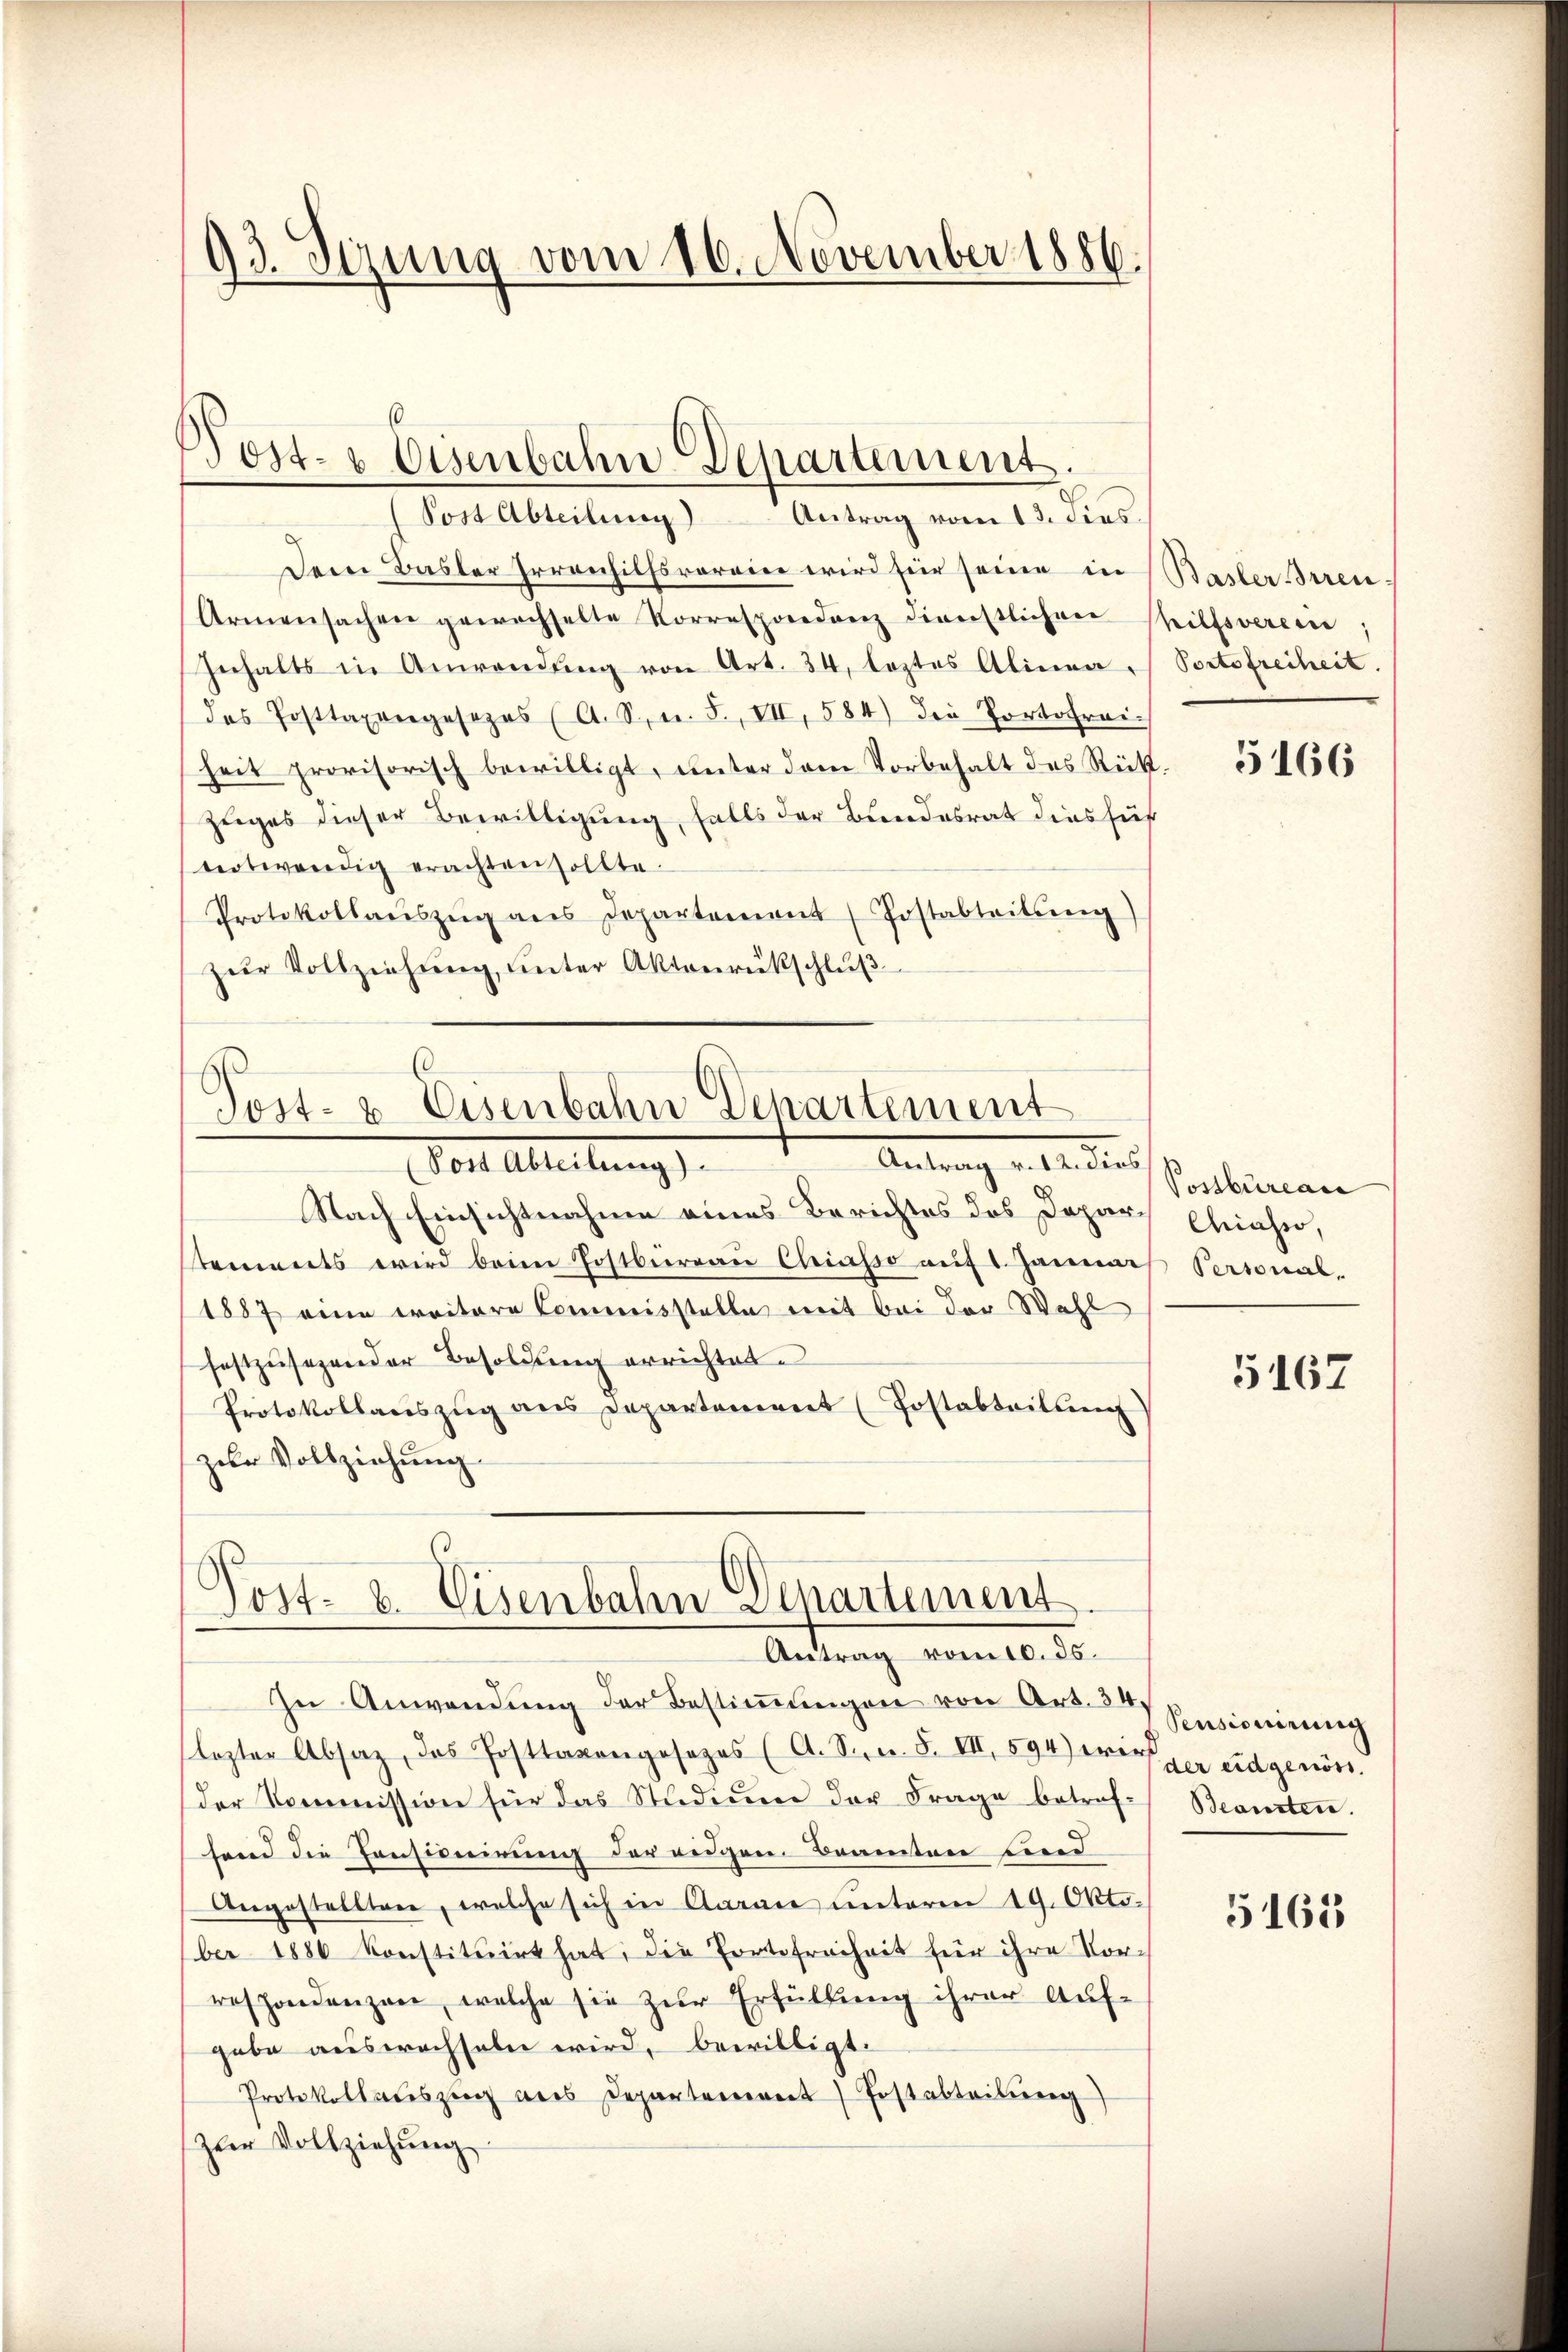
93. Sizung vom 16. November 1886.

s
Post- & Eisenbahn Departement.
Post Abteilung) Antrag vom 13. dies.

Der Basler Irrenhilfsroreine wird für seine in Basler Stren¬
Armensachen gewechselte Korrespondenz diverstlichen Philfsverein
Inhalts in Anwendŭng von Art. 34, leztes Alinea Portofreiheit.
das Posttaxengesezes (A. Sn. F. VII, 584) die Portofrei-
heit provisorisch bewilligt, unter dem Vorbehalt des Rückzuges dieser Bewilligung, falls der Bundesrat dies für
teotwendig erachten sollte.
Protokollaŭszŭg ans Departement Postabteilung)
zŭr Vollziehung, unter Aktenrückschluß

Post- & Eisenbahn Departement
Vor Abteilung

Antrag v. 4. die Postbran
Nach Einsichtnahme eines Berichtes des Dapar, Chiahn,
stements wird beim Postbureau Chiasso auf 1 Janna Personal-
1887 eine erritore Commisstelle mit bei der Wahl
festzusagender Besoldung errichtet.
Protokollaŭszŭg ans Departement (Postabteilung
zur Vollziehung

Post. b. Eisenbahn Departement
Antrag vom 10. ds.

In Anwendŭng der Bestiṁŭngen von Art. 34.
lezter Absaz, das Posttavongesezes (A. Sper. F. VII, 594) wir per eidgenöss.
der Kommission für das Studium der Frage betref- Beanten.
send die Pensionirung der eigen Beamten und
Angestellten, welche sich in Aarau unterm 19. Oktober 1886 konstituirt hat, die Portefreiheit für ihre Vor-
respondenzen, welche sie zur Erfüllung ihrer Auf-
gabe auswachseln wird, bewilligt.
Protokollauszug aus Departement Postabteilŭng
zer Vollziehŭng

5166

5167

Pensionirung

5165